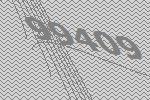
99409